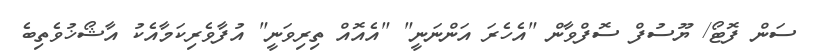
ސަން ފޮޓޯ/ ޔޫސުފް ސޮފްވާން "އެހެރަ އަންނަނީ" "އެއޮއް ތިރިވަނީ" އުފާވެރިކަމާއެކު އާޝޯޚުވެތިބެ